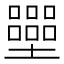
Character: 𡓿